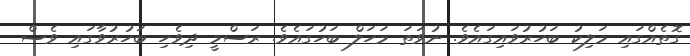
ގޮތެއްގައި މަލިކު ބަހުރުވައިގައެވެ. ނުވަތަ މަހަލް ބަހުގައެވެ. ރަސްމީ ދިވެހި ބަހުރުވާގައި ވެސް